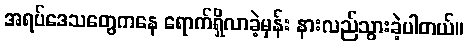
အရပ်ဒေသတွေကနေ ရောက်ရှိလာခဲ့မှန်း နားလည်သွားခဲ့ပါတယ်။